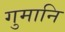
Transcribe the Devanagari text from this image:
गुमानि